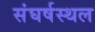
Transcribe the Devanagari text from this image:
संघर्षस्थल